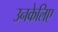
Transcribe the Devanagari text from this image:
उनकेलिए